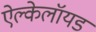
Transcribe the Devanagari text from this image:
ऐल्केलॉयड